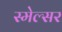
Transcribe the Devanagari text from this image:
स्मेल्सर